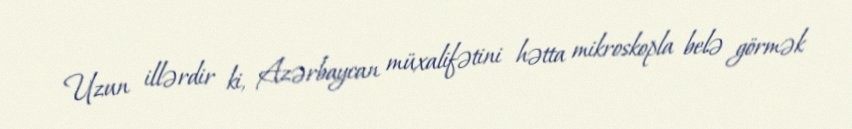
Uzun illərdir ki, Azərbaycan müxalifətini hətta mikroskopla belə görmək